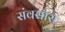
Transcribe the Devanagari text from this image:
संवसारा